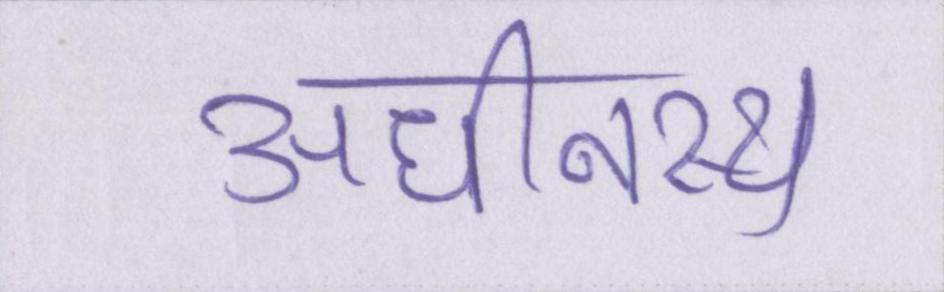
अधीनस्थ